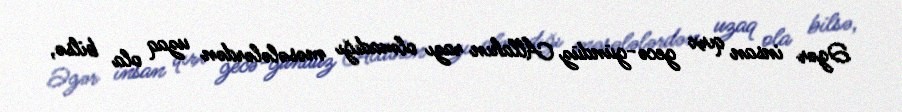
Əgər insan qırx gecə-gündüz Allahın razı olmadığı məsələlərdən uzaq ola bilsə,